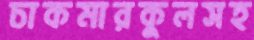
চাকমারকুলসহ